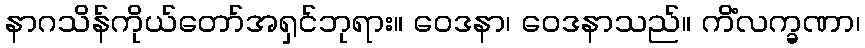
နာဂသိန်ကိုယ်တော်အရှင်ဘုရား။ ဝေဒနာ၊ ဝေဒနာသည်။ ကိံလက္ခဏာ၊